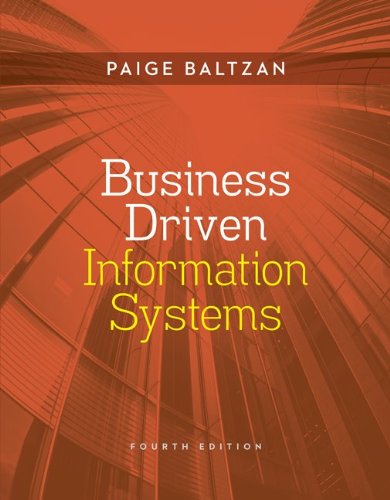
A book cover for Business Driven Information Systems; Paige Baltzan; Computers & Technology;